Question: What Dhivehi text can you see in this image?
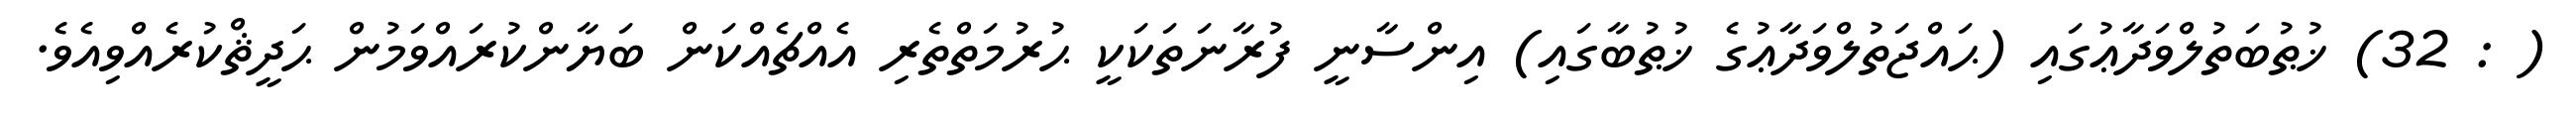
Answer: ( : 32) ޚުޠުބަތުލްވަދާޢުގައި (ޙައްޖަތުލްވަދާޢުގެ ޚުޠުބާގައި) އިންސާނީ ފުރާނަތަކަކީ ޙުރުމަތްތެރި އެއްޗެއްކަން ބަޔާންކުރައްވަމުން ޙަދީޘްކުރެއްވިއެވެ.